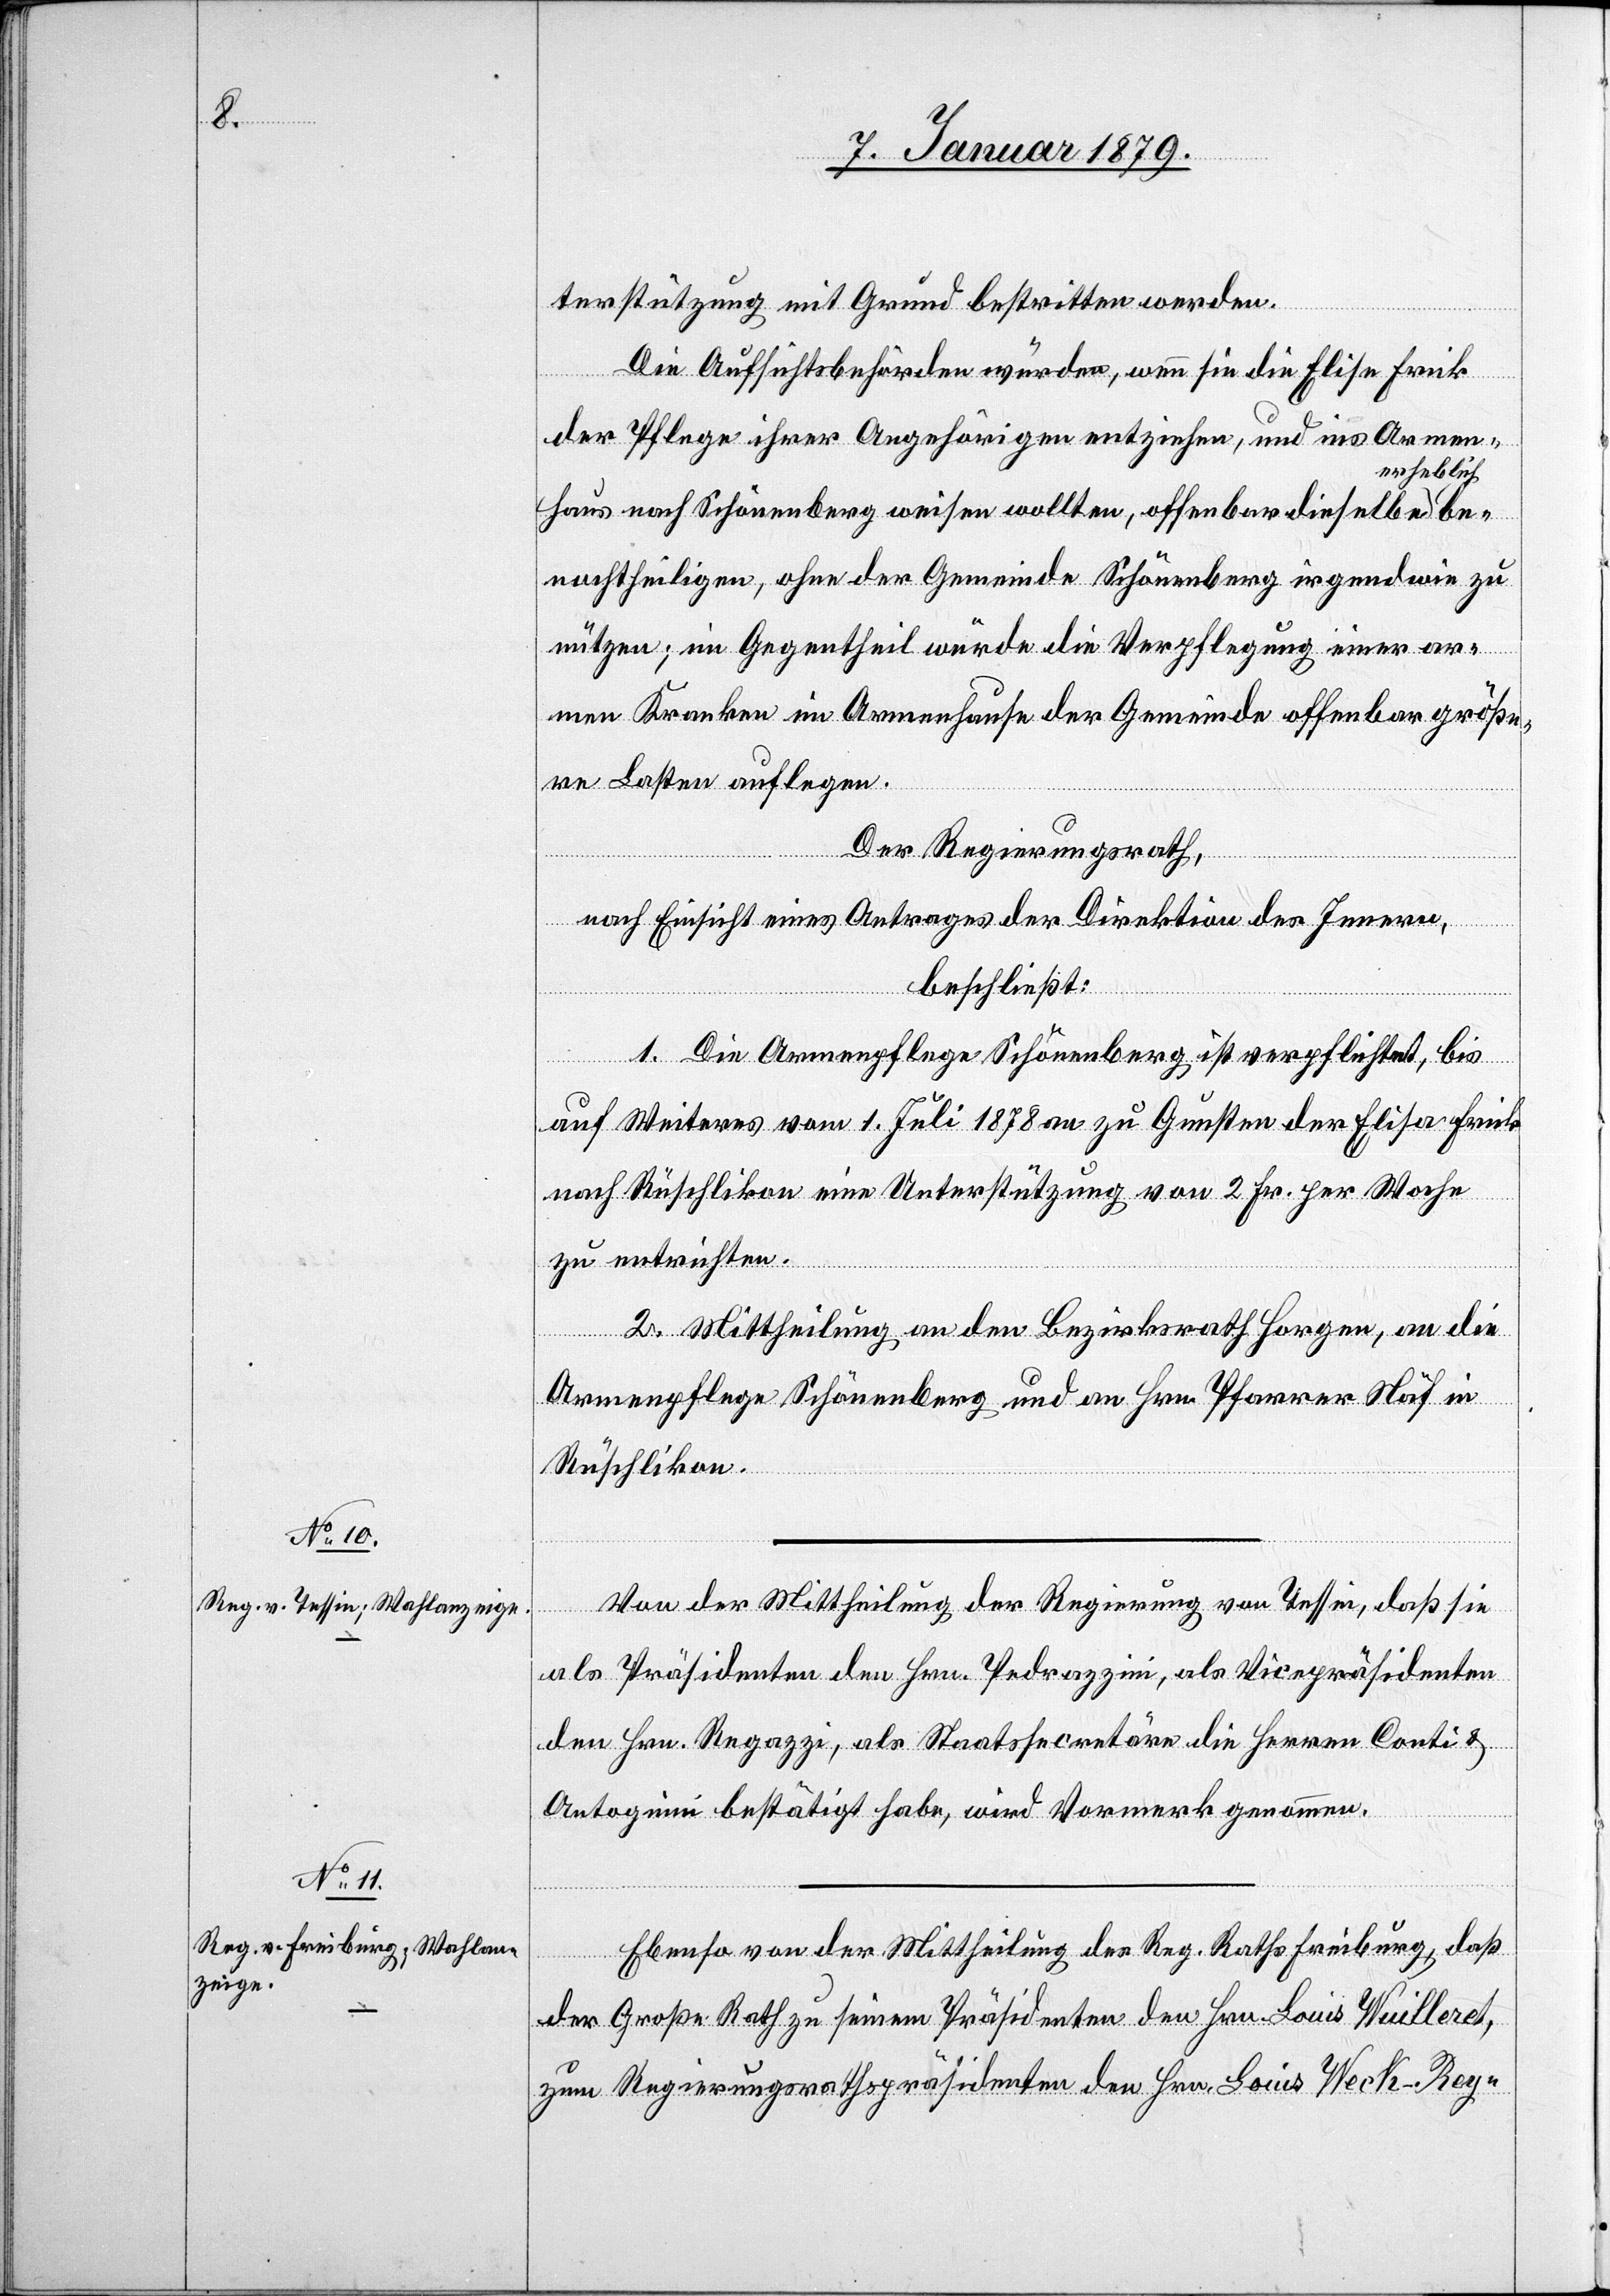
be¬

terstützung mit Grund bestritten werden.
Die Aufsichtsbehörden würden, wenn sie die Elise Frick
der Pflege ihrer Angehörigen entziehen, und ins Armen¬
a-erheblich-a
haus nach Schönenberg weisen wollten, offenbar dieselbe
nachtheiligen, ohne der Gemeinde Schönenberg irgendwie zu
nützen; im Gegentheil würde die Verpflegung einer ar¬
men Kranken im Armenhause der Gemeinde offenbar größe¬
re Lasten auflegen.
Der Regierungsrath,
nach Einsicht eines Antrages der Direktion des Innern,
beschließt:
1. Die Armenpflege Schönenberg ist verpflichtet, bis
auf Weiteres vom 1. Juli 1878 an zu Gunsten der Elisa Frick
nach Rüschlikon eine Unterstützung von 2 Fr. per Woche
zu entrichten.
2. Mittheilung an den Bezirksrath Horgen, an die
Armenpflege Schönenberg und an Hrn. Pfarrer Näf in
Rüschlikon.
Von der Mittheilung der Regierung von Tessin, daß sie
als Präsidenten den Hrn. Pedrazzini, als Vicepräsidenten
den Hrn. Regazzi, als Staatssecretäre die Herren Conti &
Antognini bestätigt habe, wird Vormerk genommen.
Ebenso von der Mittheilung des Reg. Raths Freiburg, daß
der Große Rath zu seinem Präsidenten den Hrn. Louis Wuilleret,
zum Regierungsrathspräsidenten den Hrn. Louis Weck-Rey-